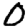
Digit: 0